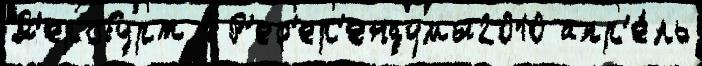
Д'еробурт 1 Р'еф'ер'ендумы2010 апр'е́ль